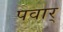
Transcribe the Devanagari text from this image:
पवार्